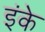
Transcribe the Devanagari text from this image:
इंके